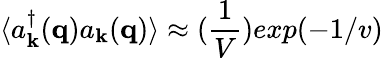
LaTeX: \langle a_{{\mathbf{k}}}^{\dagger}({\mathbf{q}})a_{{\mathbf{k}}}({\mathbf{q}})\rangle\approx(\frac{1}{V})exp(-1/v)